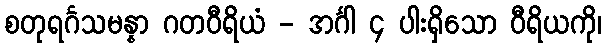
စတုရင်္ဂသမန္နာ ဂတဝီရိယံ - အင်္ဂါ ၄ ပါးရှိသော ဝီရိယကို၊